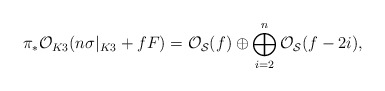
\begin{align*}\pi_* {\cal O}_{K3} (n \sigma|_{K3} +fF)={\cal O}_{{\cal S}}(f) \oplus \bigoplus_{i=2}^{n}{\cal O}_{{\cal S}}(f-2i),\end{align*}